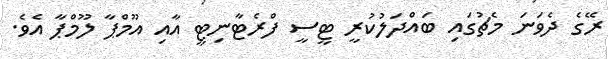
ރޭގެ ދެވަނަ މެޗުގައި ބައްދަލުކުރީ ޓީސީ ފްރެޓާނިޓީ އާއި އޫމްޕާ ލޫމްޕާ އެވެ.